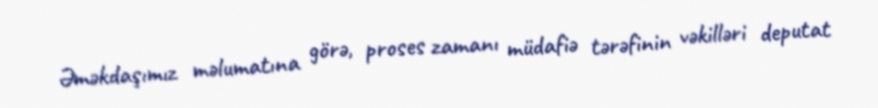
Əməkdaşımız məlumatına görə, proses zamanı müdafiə tərəfinin vəkilləri deputat